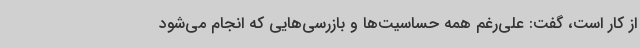
از کار است، گفت: علی‌رغم همه حساسیت‌ها و بازرسی‌هایی که انجام می‌شود